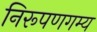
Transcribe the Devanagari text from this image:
निरूपणगम्य